Civil Veterinary Dept. Assam report 1911-1927 - 1911-1927
Year: 1911
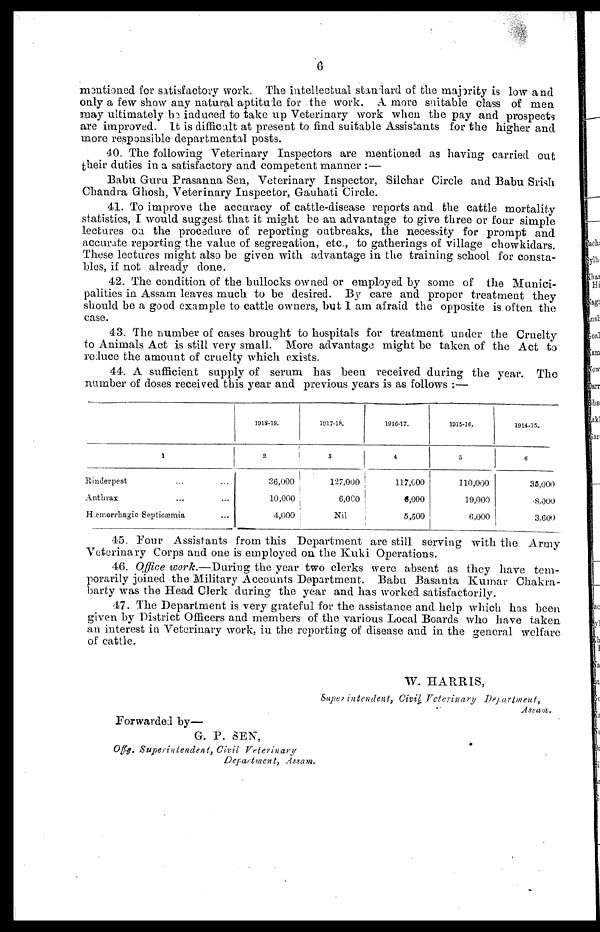
6
mentioned for satisfactory work. The intellectual standard of the majority is low and
only a few show any natural aptitude for the work. A more suitable class of men
may ultimately be induced to take up Veterinary work when the pay and prospects
are improved. It is difficult at present to find suitable Assistants for the higher and
more responsible departmental posts.
40. The following Veterinary Inspectors are mentioned as having carried out
their duties in a satisfactory and competent manner :—
Babu Guru Prasanna Sen, Veterinary Inspector, Silchar Circle and Babu Srish
Chandra Ghosh, Veterinary Inspector, Gauhati Circle.
41. To improve the accuracy of cattle-disease reports and the cattle mortality
statistics, I would suggest that it might be an advantage to give three or four simple
lectures on the procedure of reporting outbreaks, the necessity for prompt and
accurate reporting the value of segregation, etc., to gatherings of village chowkidars.
These lectures might also be given with advantage in the training school for consta-
bles, if not already done.
42. The condition of the bullocks owned or employed by some of the Munici-
palities in Assam leaves much to be desired. By care and proper treatment they
should be a good example to cattle owners, but 1 am afraid the opposite is often the
case.
43. The number of cases brought to hospitals for treatment under the Cruelty
to Animals Act is still very small. More advantage might be taken of the Act to
reduce the amount of cruelty which exists.
44. A sufficient supply of serum has been received during the year. The
number of doses received this year and previous years is as follows ;—
1
Rinderpest ... ...
Anthrax ... ...
Hæmorrhagic Septicæmia ...
1918-19.
2
36,000
10,000
4,000
1017-18.
3
127,000
6,000
Nil
1916-17.
4
117,000
6,000
5,500
1015-16.
5
110,000
19,000
6,000
1914-15.
6
35,000
8,000
3.600
45. Four Assistants from this Department are still serving with the Army
Veterinary Corps and one is employed on the Kuki Operations.
46. Office work.—During the year two clerks were absent as they have tem-
porarily joined the Military Accounts Department. Babu Basanta Kumar Chakra-
barty was the Head Clerk during the year and has worked satisfactorily.
47. The Department is very grateful for the assistance and help which has been
given by District Officers and members of the various Local Boards who have taken
an interest in Veterinary work, in the reporting of disease and in the general welfare
of cattle.
W. HARRIS,
Superintendent,
Civil Veterinary
Department,
Forwarded by—
G. P. SEN,
Off.g. Superintendent,
Civil
Veterinary
Department,
Assam.